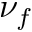
\nu _ { f }